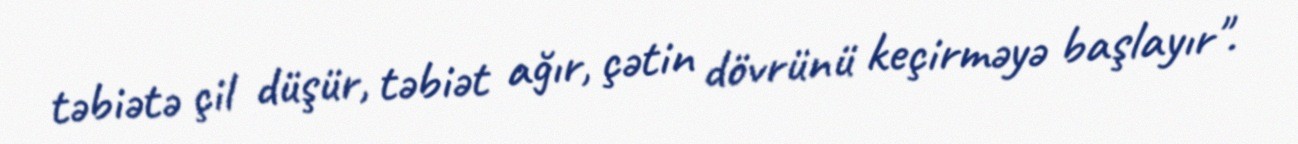
təbiətə çil düşür, təbiət ağır, çətin dövrünü keçirməyə başlayır".